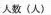
人数（人）